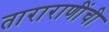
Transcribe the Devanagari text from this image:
ताराराणींची